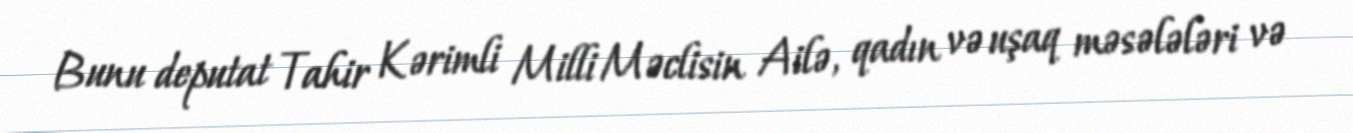
Bunu deputat Tahir Kərimli Milli Məclisin Ailə, qadın və uşaq məsələləri və